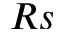
R s